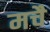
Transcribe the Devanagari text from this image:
मचै